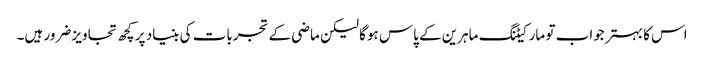
اس کا بہتر جواب تو مارکیٹنگ ماہرین کے پاس ہوگا لیکن ماضی کے تجربات کی بنیاد پر کچھ تجاویز ضرور ہیں۔